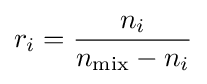
r_{i}={\frac {n_{i}}{n_{\rm {mix}}-n_{i}}}